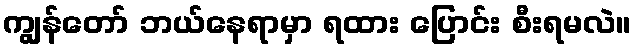
ကျွန်တော် ဘယ်နေရာမှာ ရထား ပြောင်း စီးရမလဲ။